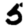
Digit: 5